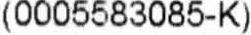
(0005583085-K)